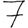
Digit: 7